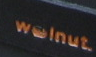
wolnut.